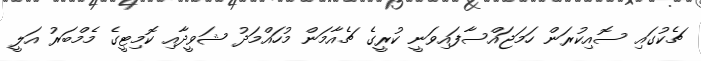
ޗެކުގައި ސޮއިކުރަން ހަމަޖައްސާފައިވަނީ ކުރީގެ ޗެއާމަން މުހައްމަދު ޝަވީދާއި ކޮމިޓީގެ މެމްބަރު އަލީ